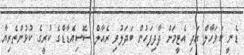
ޑެނީ ކަވަހާލް އަދި އެޓީމަށް ދާދިފަހުން ބަދަލުވި ރެއާލް ސޮސިއެޑާޑްގެ ކުރީގެ ކުޅުންތެރިޔާ